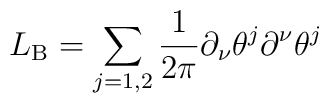
L_{{\rm B}}= \sum_{j=1,2} \frac{1}{2 \pi} \partial_{\nu}\theta^j\partial^{\nu}\theta^j